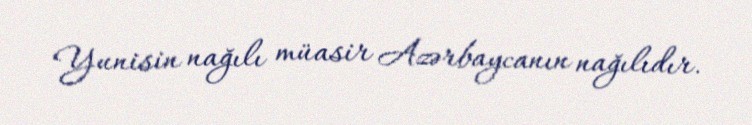
Yunisin nağılı müasir Azərbaycanın nağılıdır.